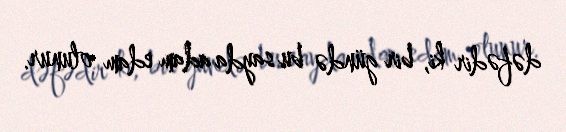
dəfədir ki, bir gündə bu sayda adam edam olunur.